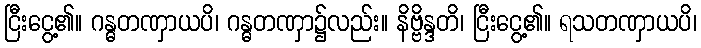
ငြီးငွေ့၏။ ဂန္ဓတဏှာယပိ၊ ဂန္ဓတဏှာ၌လည်း။ နိဗ္ဗိန္ဒတိ၊ ငြီးငွေ့၏။ ရသတဏှာယပိ၊